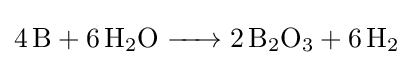
{\ce {4B + 6H2O -> 2B2O3 + 6H2}}